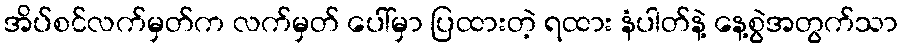
အိပ်စင်လက်မှတ်က လက်မှတ် ပေါ်မှာ ပြထားတဲ့ ရထား နံပါတ်နဲ့ နေ့စွဲအတွက်သာ